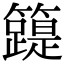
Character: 𥶛